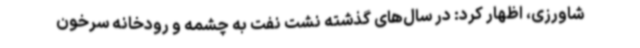
شاورزی، اظهار کرد: در سال‌های گذشته نشت نفت به چشمه‌ و رودخانه‌ سرخون